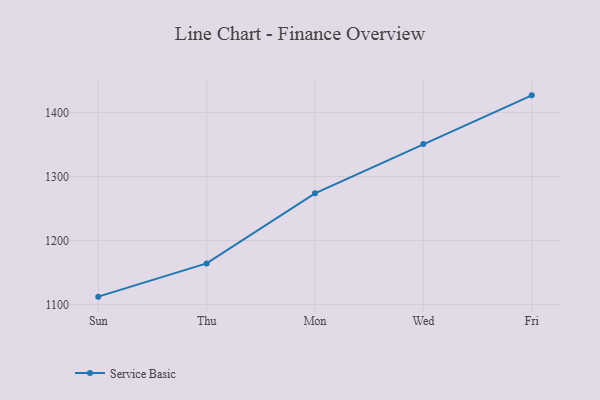
{"axis": {"x": "Day", "y": "Waste Production (Tons)"}, "legend": ["Service Basic"], "data": [{"x": "Sun", "y": 1112.2, "type": "Service Basic"}, {"x": "Thu", "y": 1164.1, "type": "Service Basic"}, {"x": "Mon", "y": 1273.7, "type": "Service Basic"}, {"x": "Wed", "y": 1350.9, "type": "Service Basic"}, {"x": "Fri", "y": 1426.9, "type": "Service Basic"}]}